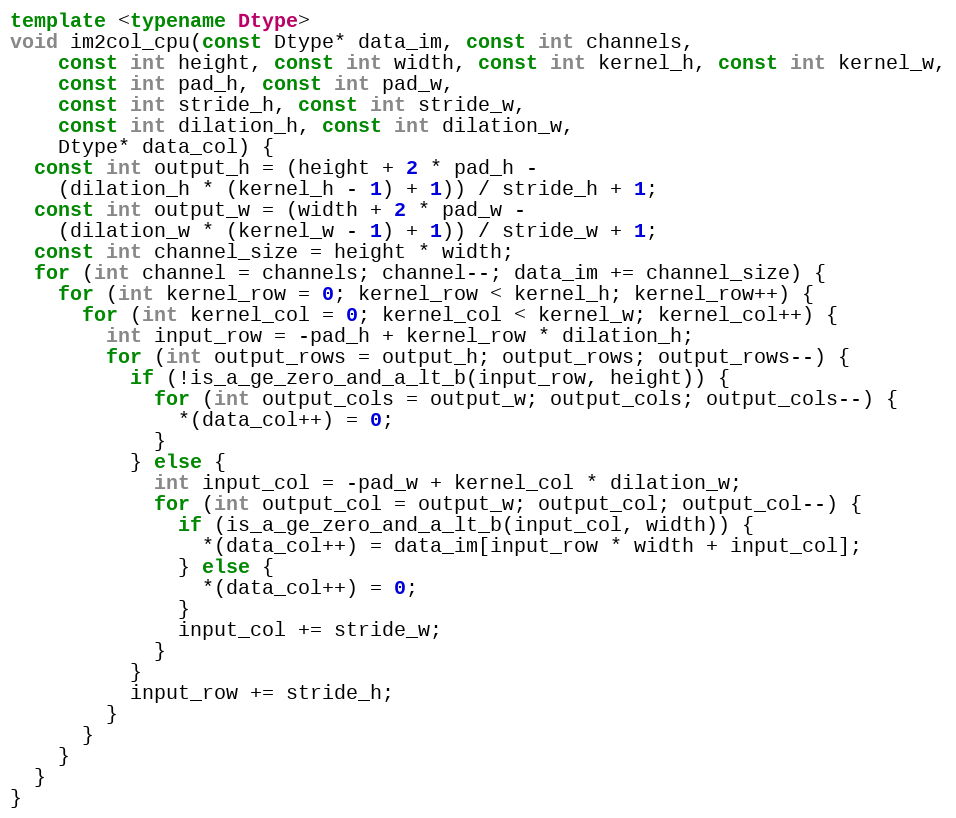
Language: C++
template <typename Dtype>
void im2col_cpu(const Dtype* data_im, const int channels,
    const int height, const int width, const int kernel_h, const int kernel_w,
    const int pad_h, const int pad_w,
    const int stride_h, const int stride_w,
    const int dilation_h, const int dilation_w,
    Dtype* data_col) {
  const int output_h = (height + 2 * pad_h -
    (dilation_h * (kernel_h - 1) + 1)) / stride_h + 1;
  const int output_w = (width + 2 * pad_w -
    (dilation_w * (kernel_w - 1) + 1)) / stride_w + 1;
  const int channel_size = height * width;
  for (int channel = channels; channel--; data_im += channel_size) {
    for (int kernel_row = 0; kernel_row < kernel_h; kernel_row++) {
      for (int kernel_col = 0; kernel_col < kernel_w; kernel_col++) {
        int input_row = -pad_h + kernel_row * dilation_h;
        for (int output_rows = output_h; output_rows; output_rows--) {
          if (!is_a_ge_zero_and_a_lt_b(input_row, height)) {
            for (int output_cols = output_w; output_cols; output_cols--) {
              *(data_col++) = 0;
            }
          } else {
            int input_col = -pad_w + kernel_col * dilation_w;
            for (int output_col = output_w; output_col; output_col--) {
              if (is_a_ge_zero_and_a_lt_b(input_col, width)) {
                *(data_col++) = data_im[input_row * width + input_col];
              } else {
                *(data_col++) = 0;
              }
              input_col += stride_w;
            }
          }
          input_row += stride_h;
        }
      }
    }
  }
}